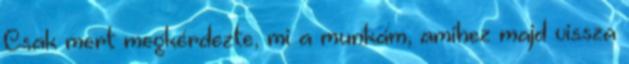
Csak mert megkérdezte, mi a munkám, amihez majd vissza